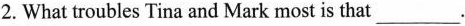
2.What troubles Tina and Mark most is that___.